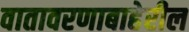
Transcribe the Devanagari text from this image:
वातावरणाबाहेरील